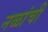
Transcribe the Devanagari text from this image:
नळांची